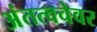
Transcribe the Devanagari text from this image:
अंतत्वचेवर